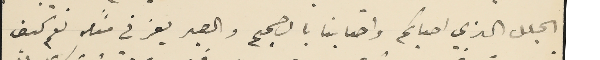
الجلل الذي اصابكم واصابنا بالصميم والصبر يعز في مثله نعم كيف